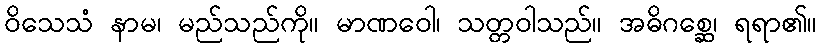
ဝိသေသံ နာမ၊ မည်သည်ကို။ မာဏဝေါ၊ သတ္တဝါသည်။ အဓိဂစ္ဆေ၊ ရရာ၏။